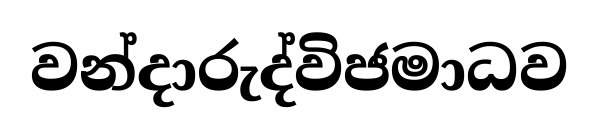
වන්දාරුද්විජමාධව